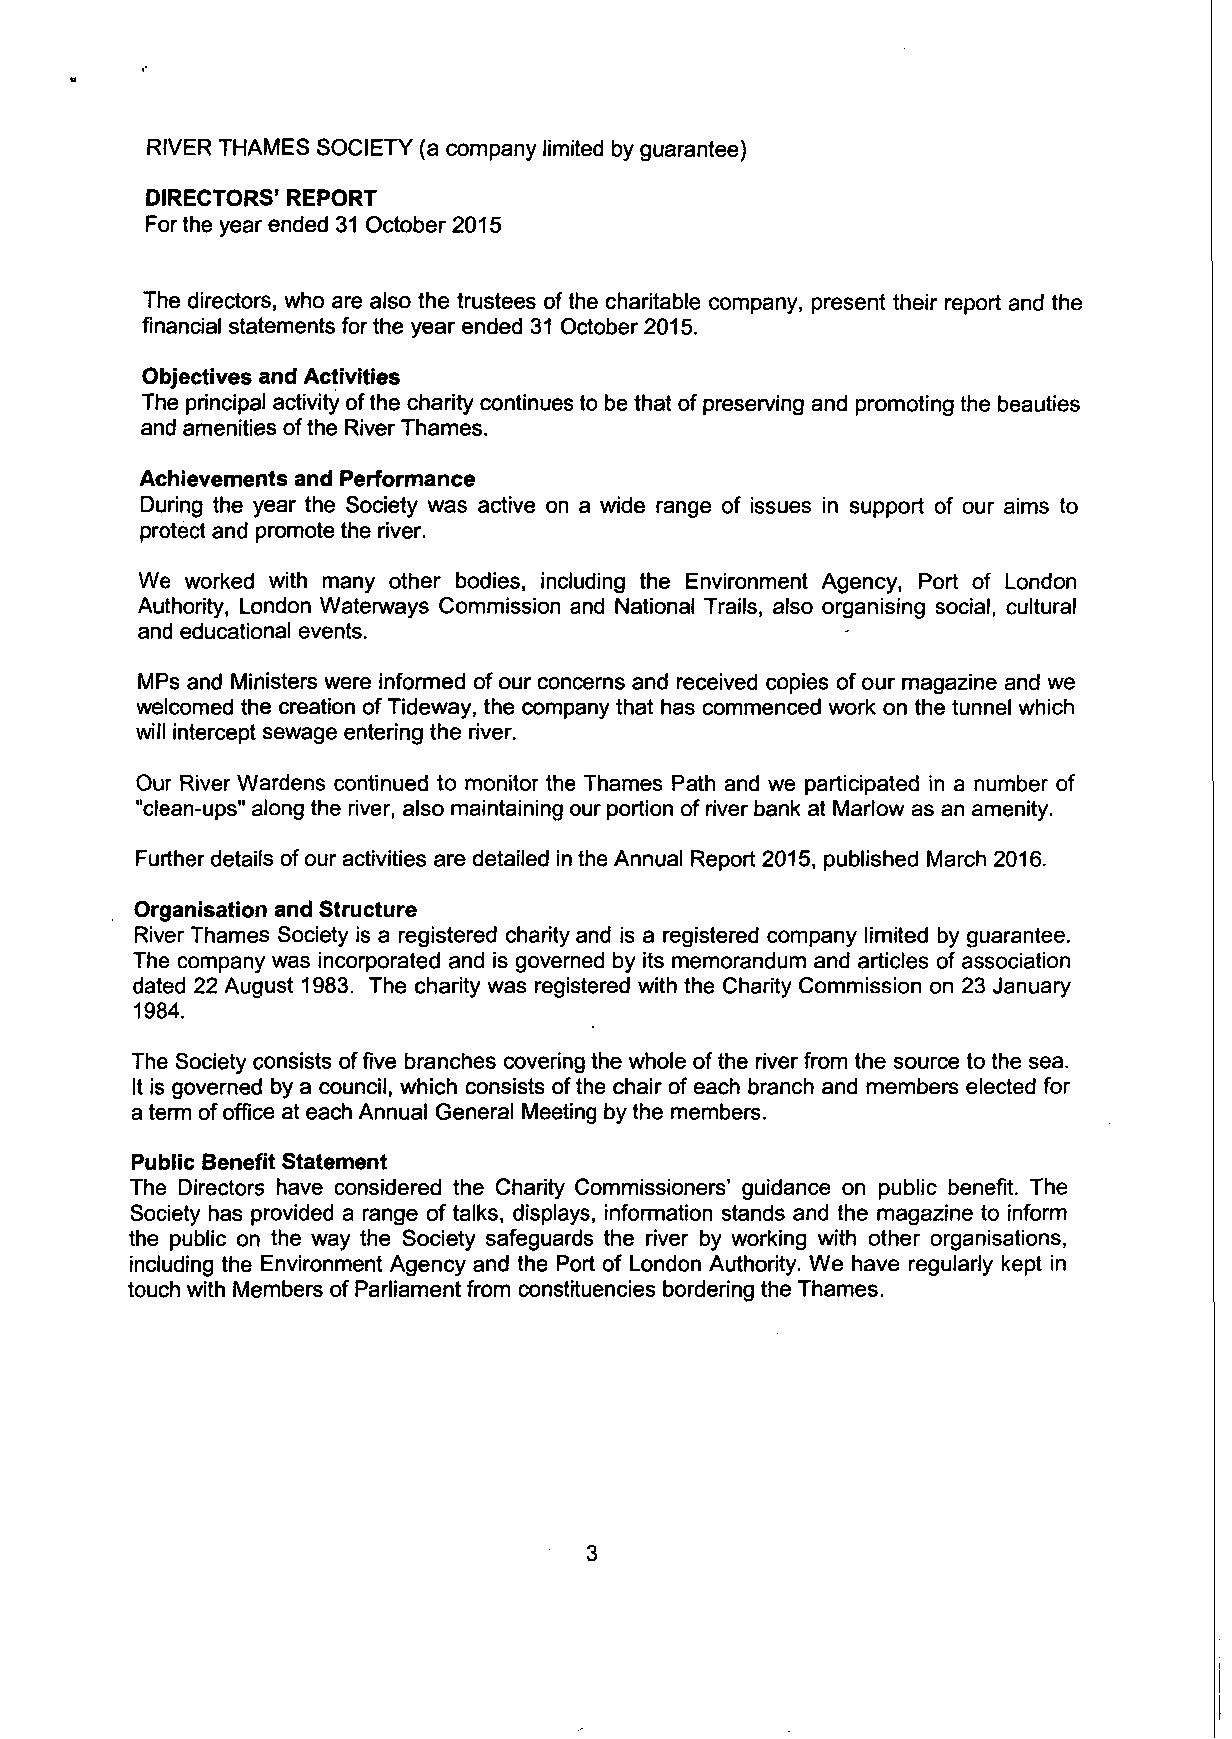
RIVER THAMES SOCIETY (a company limited by guarantee)
 DIRECTORS' REPORT
 For the year ended 31 October 2015
 The directors, who are also the trustees of the charitable company, present their report and the
 financial statements for the year ended 31 October 2015.
 Objectives and Activities
 The principal activity of the charity continues to be that of preserving and promoting the beauties
 and amenities of the River Thames.
 Achievements and Performance
 During the year the Society was active on a wide range of issues in support of our aims to
 protect and promote the river.
 We worked with many other bodies, including the Environment Agency, Port of London
 Authority, London Waterways Commission and National Trails, also organising social, cultural
 and educational events.
 MPs and Ministers were informed of our concerns and received copies of our magazine and we
 welcomed the creation of Tideway, the company that has commenced work on the tunnel which
 will intercept sewage entering the river.
 Our River Wardens continued to monitor the Thames Path and we participated in a number of
 "clean-ups" along the river, also maintaining our portion of river bank at Mariow as an amenity.
 Further details of our activities are detailed in the Annual Report 2015, published March 2016.
 Organisation and Structure
 River Thames Society is a registered charity and is a registered company limited by guarantee.
 The company was incorporated and is governed by its memorandum and articles of association
 dated 22 August 1983. The charity was registered with the Charity Commission on 23 January
 1984.
 The Society consists of five branches covering the whole of the river from the source to the sea.
 It is governed by a council, which consists ofthe chair of each branch and members elected for
 a term of office at each Annual General Meeting by the members.
 Public Benefit Statement
 The Directors have considered the Charity Commissioners' guidance on public benefit. The
 Society has provided a range of talks, displays, information stands and the magazine to inform
 the public on the way the Society safeguards the river by working with other organisations,
 including the Environment Agency and the Port of London Authority. We have regularly kept in
 touch with Members of Parliament from constituencies bordering the Thames.
 3